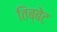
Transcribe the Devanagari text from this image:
तिब्बेट